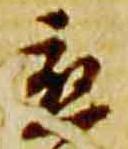
応